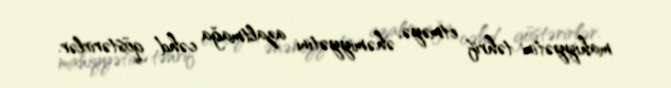
mahiyyətini təhrif etməyə, əhəmiyyətini azaltmağa cəhd göstərirlər.